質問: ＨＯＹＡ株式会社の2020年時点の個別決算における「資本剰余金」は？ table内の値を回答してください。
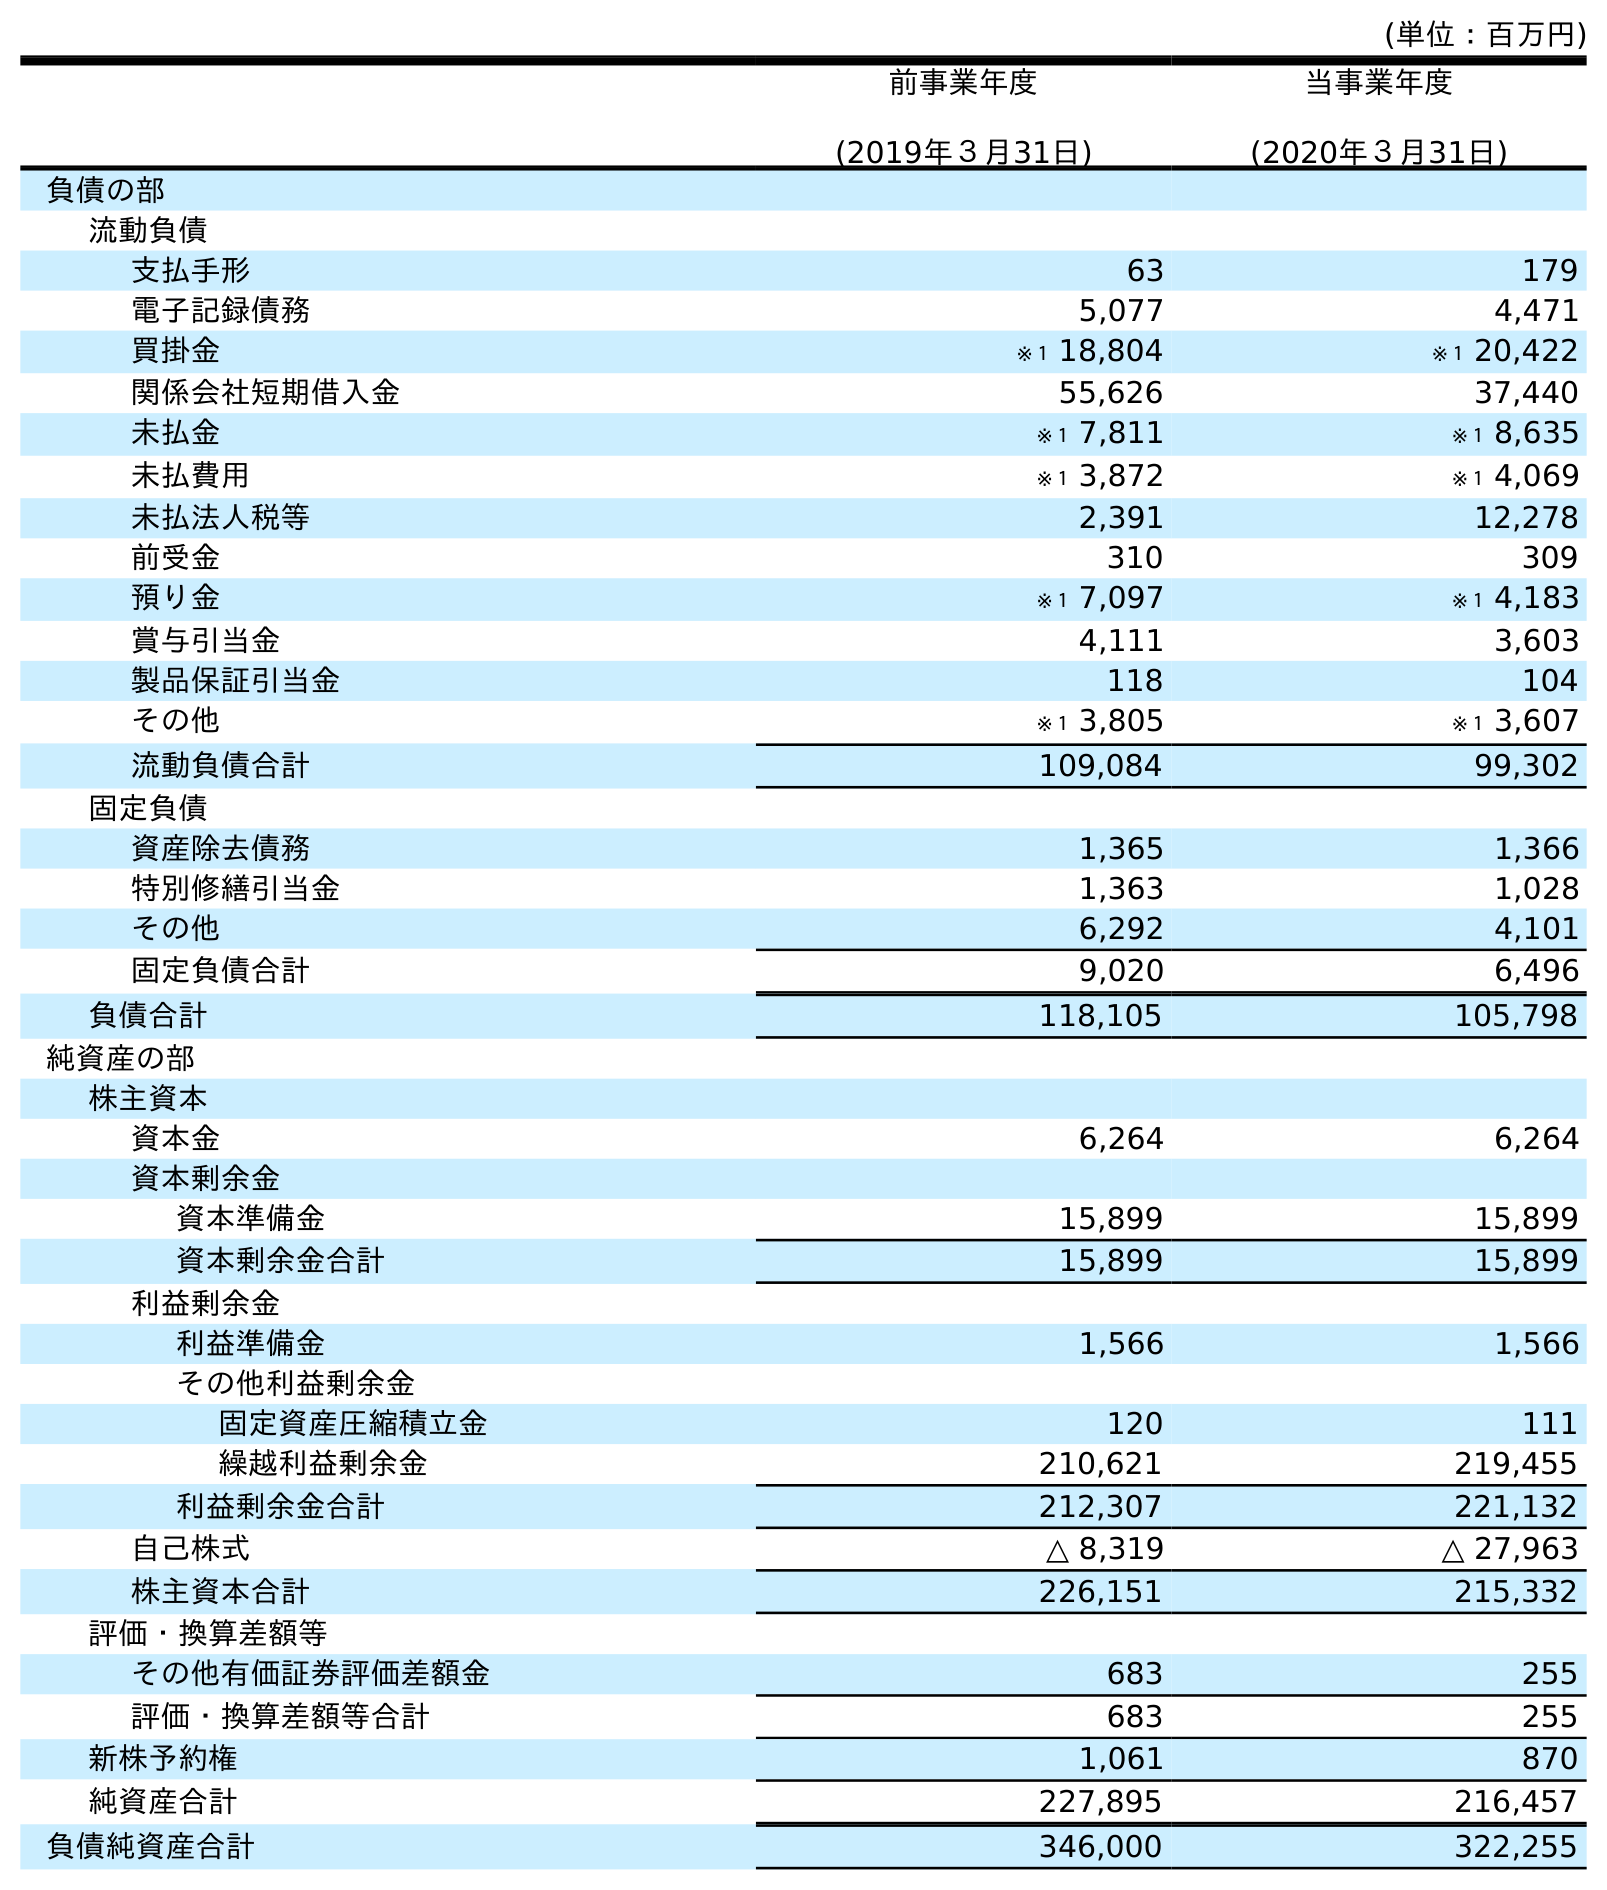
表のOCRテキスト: (単位：百万円) 前事業年度 (2019年３月31日) 当事業年度 (2020年３月31日) 負債の部 流動負債 支払手形 63 179 電子記録債務 5,077 4,471 買掛金 ※１ 18,804 ※１ 20,422 関係会社短期借入金 55,626 37,440 未払金 ※１ 7,811 ※１ 8,635 未払費用 ※１ 3,872 ※１ 4,069 未払法人税等 2,391 12,278 前受金 310 309 預り金 ※１ 7,097 ※１ 4,183 賞与引当金 4,111 3,603 製品保証引当金 118 104 その他 ※１ 3,805 ※１ 3,607 流動負債合計 109,084 99,302 固定負債 資産除去債務 1,365 1,366 特別修繕引当金 1,363 1,028 その他 6,292 4,101 固定負債合計 9,020 6,496 負債合計 118,105 105,798 純資産の部 株主資本 資本金 6,264 6,264 資本剰余金 資本準備金 15,899 15,899 資本剰余金合計 15,899 15,899 利益剰余金 利益準備金 1,566 1,566 その他利益剰余金 固定資産圧縮積立金 120 111 繰越利益剰余金 210,621 219,455 利益剰余金合計 212,307 221,132 自己株式 △ 8,319 △ 27,963 株主資本合計 226,151 215,332 評価・換算差額等 その他有価証券評価差額金 683 255 評価・換算差額等合計 683 255 新株予約権 1,061 870 純資産合計 227,895 216,457 負債純資産合計 346,000 322,255
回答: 15,899